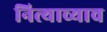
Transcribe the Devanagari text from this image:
नित्याच्याच